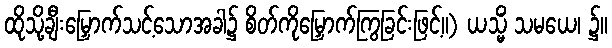
ထိုသို့ချီးမြှောက်သင့်သောအခါ၌ စိတ်ကိုမြှောက်ကြွခြင်းဖြင့်။) ယသ္မိံ သမယေ၊ ၌။